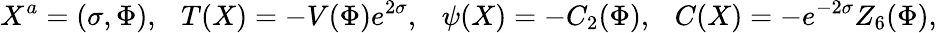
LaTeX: X^{a}=(\sigma,\Phi),\ \ \ T(X)=-V(\Phi)e^{2\sigma},\ \ \ \psi(X)=-C_{2}(\Phi),\ \ \ C(X)=-e^{-2\sigma}Z_{6}(\Phi),